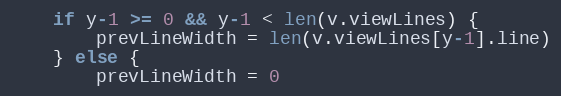
Language: Go
	if y-1 >= 0 && y-1 < len(v.viewLines) {
		prevLineWidth = len(v.viewLines[y-1].line)
	} else {
		prevLineWidth = 0